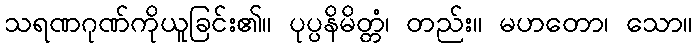
သရဏဂုဏ်ကိုယူခြင်း၏။ ပုပ္ပနိမိတ္တံ၊ တည်း။ မဟတော၊ သော။